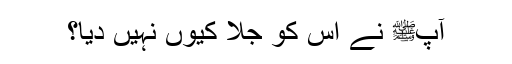
آپﷺ نے اس کو جلا کیوں نہیں دیا؟